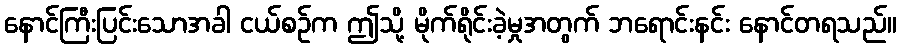
နောင်ကြီးပြင်းသောအခါ ငယ်စဉ်က ဤသို့ မိုက်ရိုင်းခဲ့မှုအတွက် ဘရောင်းနင်း နောင်တရသည်။